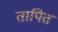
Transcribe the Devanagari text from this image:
तापित